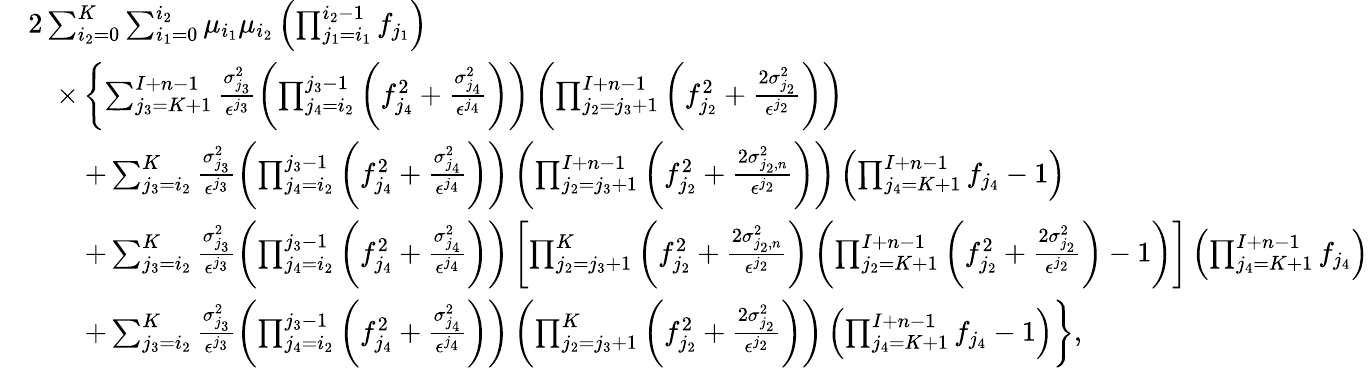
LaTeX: \begin{array}{rl}&{2\sum_{i_{2}=0}^{K}\sum_{i_{1}=0}^{i_{2}}\mu_{i_{1}}\mu_{i_{2}}\left(\prod_{j_{1}=i_{1}}^{i_{2}-1}f_{j_{1}}\right)}\\ &{\quad\times\left\{ \sum_{j_{3}=K+1}^{I+n-1}\frac{\sigma_{j_{3}}^{2}}{\epsilon^{j_{3}}}\left(\prod_{j_{4}=i_{2}}^{j_{3}-1}\left(f_{j_{4}}^{2}+\frac{\sigma_{j_{4}}^{2}}{\epsilon^{j_{4}}}\right)\right)\left(\prod_{j_{2}=j_{3}+1}^{I+n-1}\left(f_{j_{2}}^{2}+\frac{2\sigma_{j_{2}}^{2}}{\epsilon^{j_{2}}}\right)\right)\right.}\\ &{\qquad+\sum_{j_{3}=i_{2}}^{K}\frac{\sigma_{j_{3}}^{2}}{\epsilon^{j_{3}}}\left(\prod_{j_{4}=i_{2}}^{j_{3}-1}\left(f_{j_{4}}^{2}+\frac{\sigma_{j_{4}}^{2}}{\epsilon^{j_{4}}}\right)\right)\left(\prod_{j_{2}=j_{3}+1}^{I+n-1}\left(f_{j_{2}}^{2}+\frac{2\sigma_{j_{2},n}^{2}}{\epsilon^{j_{2}}}\right)\right)\left(\prod_{j_{4}=K+1}^{I+n-1}f_{j_{4}}-1\right)}\\ &{\qquad+\sum_{j_{3}=i_{2}}^{K}\frac{\sigma_{j_{3}}^{2}}{\epsilon^{j_{3}}}\left(\prod_{j_{4}=i_{2}}^{j_{3}-1}\left(f_{j_{4}}^{2}+\frac{\sigma_{j_{4}}^{2}}{\epsilon^{j_{4}}}\right)\right)\left[\prod_{j_{2}=j_{3}+1}^{K}\left(f_{j_{2}}^{2}+\frac{2\sigma_{j_{2},n}^{2}}{\epsilon^{j_{2}}}\right)\left(\prod_{j_{2}=K+1}^{I+n-1}\left(f_{j_{2}}^{2}+\frac{2\sigma_{j_{2}}^{2}}{\epsilon^{j_{2}}}\right)-1\right)\right]\left(\prod_{j_{4}=K+1}^{I+n-1}f_{j_{4}}\right)}\\ &{\qquad+\left.\sum_{j_{3}=i_{2}}^{K}\frac{\sigma_{j_{3}}^{2}}{\epsilon^{j_{3}}}\left(\prod_{j_{4}=i_{2}}^{j_{3}-1}\left(f_{j_{4}}^{2}+\frac{\sigma_{j_{4}}^{2}}{\epsilon^{j_{4}}}\right)\right)\left(\prod_{j_{2}=j_{3}+1}^{K}\left(f_{j_{2}}^{2}+\frac{2\sigma_{j_{2}}^{2}}{\epsilon^{j_{2}}}\right)\right)\left(\prod_{j_{4}=K+1}^{I+n-1}f_{j_{4}}-1\right)\right\} ,}\end{array}